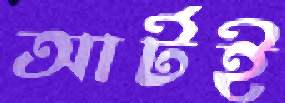
আর্টই